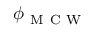
\phi _ { \mathrm { ~ M ~ C ~ W ~ } }